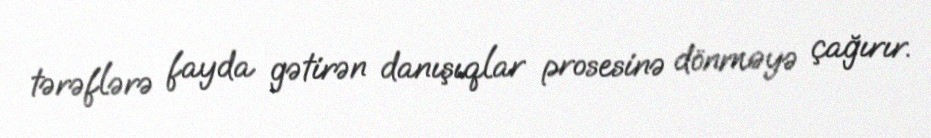
tərəflərə fayda gətirən danışıqlar prosesinə dönməyə çağırır.